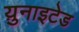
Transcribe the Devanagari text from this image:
य़ुनाइटेड